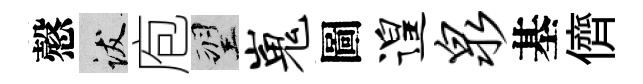
慤跋庖望嵬圖遑泉基儕